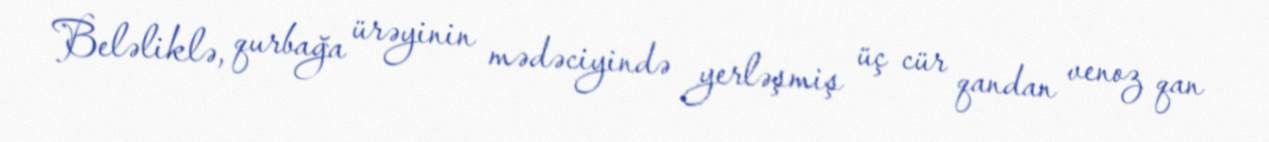
Beləliklə, qurbağa ürəyinin mədəciyində yerləşmiş üç cür qandan venoz qan